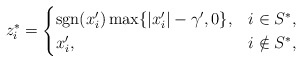
\begin{align*}z^*_i=\begin{cases}\mathrm{sgn}(x'_i)\max\{|x'_i|-\gamma',0\}, & i\in S^*,\\x'_i, & i\notin S^*,\end{cases}\end{align*}